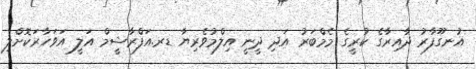
އުނގޫފާރު ދާއިރާގެ ކުރީގެ މެމްބަރު އަދި ދީނީ އިލްމުވެރިޔާ ޑރ.އަފްރާޝީމް އަލީ އަވަހާރަކޮށްލި